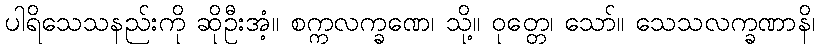
ပါရိသေသနည်းကို ဆိုဦးအံ့။ စက္ကလက္ခဏေ၊ သို့။ ဝုတ္တေ၊ သော်။ သေသလက္ခဏာနိ၊